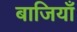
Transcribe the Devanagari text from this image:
बाजियाँ